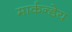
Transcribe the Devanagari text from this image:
मार्कन्डेय